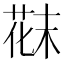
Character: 𫈪